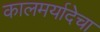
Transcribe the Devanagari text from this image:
कालमर्यादेचा